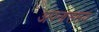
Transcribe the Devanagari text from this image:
अपनासमय